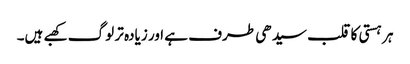
ہر ہستی کا قلب سیدھی طرف ہے اور زیادہ تر لوگ کھبے ہیں۔